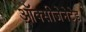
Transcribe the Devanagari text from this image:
ऑक्सीजेनेटेड